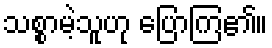
သစ္စာမဲ့သူဟု ပြောကြ၏။